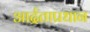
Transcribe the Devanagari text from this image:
आर्द्रताप्रधान